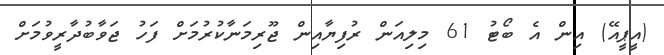
(އީޕީއޭ) އިން އެ ބޯޓު 61 މިލިއަން ރުފިޔާއިން ޖޫރިމަނާކުރުމަށް ފަހު ޖަވާބުދާރީވުމަށް